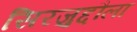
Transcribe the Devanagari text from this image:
सिरजुद्दौला